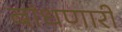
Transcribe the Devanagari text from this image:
बांधणारी